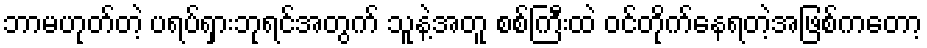
ဘာမဟုတ်တဲ့ ပရပ်ရှားဘုရင်အတွက် သူနဲ့အတူ စစ်ကြီးထဲ ဝင်တိုက်နေရတဲ့အဖြစ်ကတော့